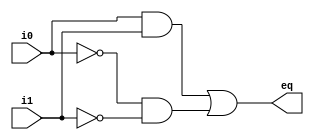
module comparator (
    input wire i0,
    input wire i1,
    output wire eq
);
//product terms
wire p0,p1;
//sum of products
assign p0=i0 & i1;
assign p1=~i0 & ~i1;
assign eq=p0 | p1;
endmodule